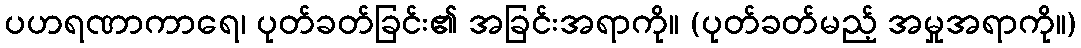
ပဟရဏာကာရေ၊ ပုတ်ခတ်ခြင်း၏ အခြင်းအရာကို။ (ပုတ်ခတ်မည့် အမှုအရာကို။)